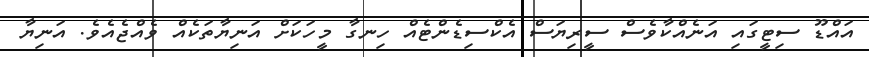
އައްޑޫ ސިޓީގައި އަނެއްކާވެސް ސީރިޔަސް އެކްސިޑެންޓެއް ހިނގާ މީހަކަށް އަނިޔާތަކެއް ވެއްޖެއެވެ. އަނިޔާ